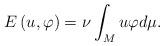
LaTeX: \begin{align*}E\left( u,\varphi \right) =\nu \int_{M}u\varphi d\mu . \end{align*}